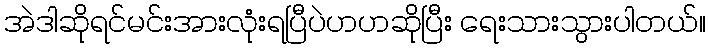
အဲဒါဆိုရင်မင်းအားလုံးရပြီပဲဟဟဆိုပြီး ရေးသားသွားပါတယ်။